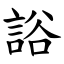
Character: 䛦